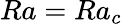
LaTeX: Ra=Ra_{c}